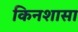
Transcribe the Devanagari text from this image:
किनशासा